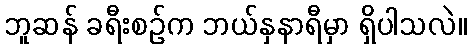
ဘူဆန် ခရီးစဉ်က ဘယ်နှနာရီမှာ ရှိပါသလဲ။